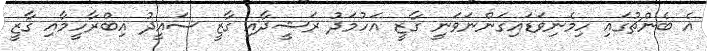
އެ ބެންޗުގައި ހިމެނިވަޑައިގަންނަވަނީ ގާޒީ އަހުމަދު ރަޝީދާއި ގާޒީ ސައީދު އިބްރާހީމާއި ގާޒީ